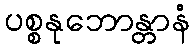
ပစ္စနုဘောန္တာနံ